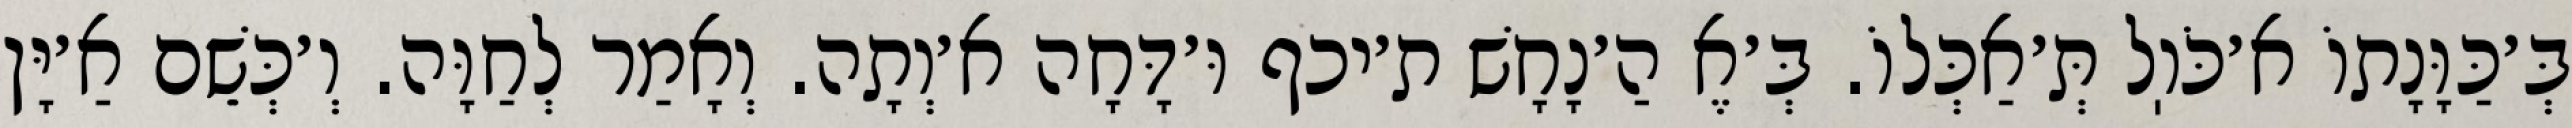
בְּ׳כַּוָּנָתוֹ א׳כֹּוֽל תְּ׳אַכְּלוֹ. בְּ׳אֶ הַ׳נָחָשׁ ת׳יכף וּ׳דָּחָה א׳וְתָה. וְאָמַר לְחַוָּה. וְ׳כְּשֵׁם אַ׳יָּן